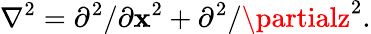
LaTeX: \nabla^{2}=\partial^{2}/\partial\mathbf{x}^{2}+\partial^{2}/\partialz^{2}.